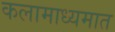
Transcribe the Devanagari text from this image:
कलामाध्यमात